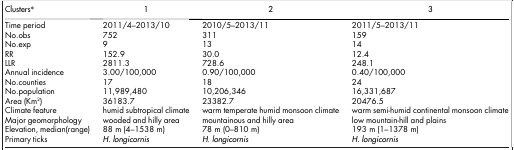
<table><thead><tr><td><b>Clusters*</b></td><td><b>1</b></td><td><b>2</b></td><td><b>3</b></td></tr></thead><tbody><tr><td>Time period</td><td>2011/4–2013/10</td><td>2010/5–2013/11</td><td>2011/5–2013/11</td></tr><tr><td>No.obs</td><td>752</td><td>311</td><td>159</td></tr><tr><td>No.exp</td><td>9</td><td>13</td><td>14</td></tr><tr><td>RR</td><td>152.9</td><td>30.0</td><td>12.4</td></tr><tr><td>LLR</td><td>2811.3</td><td>728.6</td><td>248.1</td></tr><tr><td>Annual incidence</td><td>3.00/100,000</td><td>0.90/100,000</td><td>0.40/100,000</td></tr><tr><td>No.counties</td><td>17</td><td>18</td><td>24</td></tr><tr><td>No.population</td><td>11,989,480</td><td>10,206,346</td><td>16,331,687</td></tr><tr><td>Area (Km<sup>2</sup>)</td><td>36183.7</td><td>23382.7</td><td>20476.5</td></tr><tr><td>Climate feature</td><td>humid subtropical climate</td><td>warm temperate humid monsoon climate</td><td>warm semi-humid continental monsoon climate</td></tr><tr><td>Major geomorphology</td><td>wooded and hilly area</td><td>mountainous and hilly area</td><td>low mountain-hill and plains</td></tr><tr><td>Elevation, median(range)</td><td>88 m (4–1538 m)</td><td>78 m (0–810 m)</td><td>193 m (1–1378 m)</td></tr><tr><td>Primary ticks</td><td><i>H. longicornis</i></td><td><i>H. longicornis</i></td><td><i>H. longicornis</i></td></tr></tbody></table>